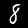
Digit: 8